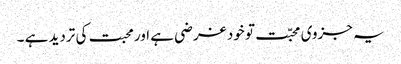
یہ جزوی محبّت تو خود غرضی ہے اور محبت کی تردید ہے ۔